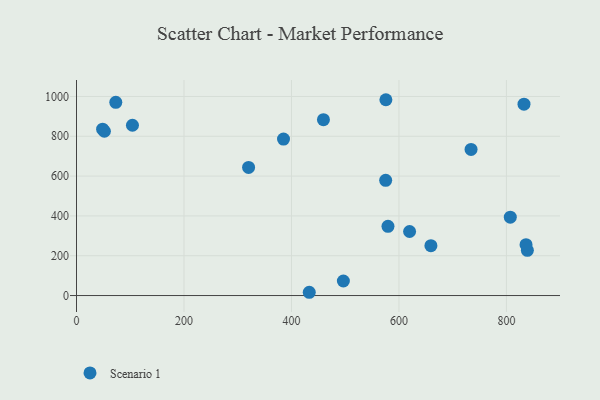
{"axis": {"x": "Speed", "y": "Demand"}, "legend": ["Scenario 1"], "data": [{"x": "73.1", "y": 970.7, "type": "Scenario 1"}, {"x": "575.7", "y": 983.6, "type": "Scenario 1"}, {"x": "659.5", "y": 250.7, "type": "Scenario 1"}, {"x": "496.6", "y": 73.0, "type": "Scenario 1"}, {"x": "433.1", "y": 16.4, "type": "Scenario 1"}, {"x": "579.6", "y": 347.7, "type": "Scenario 1"}, {"x": "807.2", "y": 393.4, "type": "Scenario 1"}, {"x": "48.6", "y": 835.8, "type": "Scenario 1"}, {"x": "619.8", "y": 321.7, "type": "Scenario 1"}, {"x": "459.5", "y": 883.3, "type": "Scenario 1"}, {"x": "839.0", "y": 227.3, "type": "Scenario 1"}, {"x": "832.7", "y": 961.2, "type": "Scenario 1"}, {"x": "836.5", "y": 255.5, "type": "Scenario 1"}, {"x": "104.1", "y": 855.4, "type": "Scenario 1"}, {"x": "575.3", "y": 578.8, "type": "Scenario 1"}, {"x": "51.9", "y": 825.2, "type": "Scenario 1"}, {"x": "734.2", "y": 733.8, "type": "Scenario 1"}, {"x": "320.2", "y": 643.6, "type": "Scenario 1"}, {"x": "385.2", "y": 785.9, "type": "Scenario 1"}]}